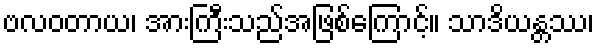
ဗလဝတာယ၊ အားကြီးသည်အဖြစ်ကြောင့်။ သာဒိယန္တဿ၊